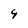
Character: 4